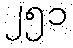
၂၅၁